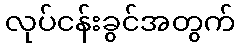
လုပ်ငန်းခွင်အတွက်